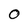
Character: O